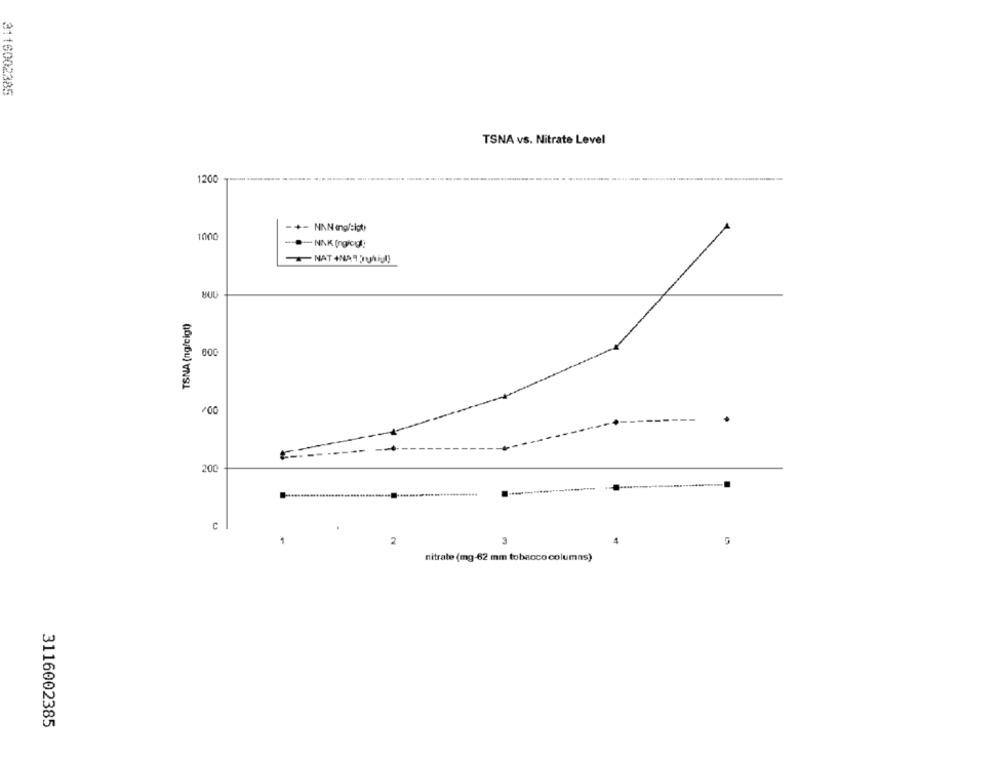
3116002385
TSNA vs. Nitrate Level
1200
-+- NNN angleigt)
1000
--- NNK Ingiog!
TSNA (ng/cigt)
+00
200
C
1
2
nitrate (mg-62 mm tobacco columns)
3116002385